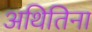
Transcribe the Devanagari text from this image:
अथितिना